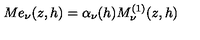
M e _ { \nu } ( z , h ) = \alpha _ { \nu } ( h ) M _ { \nu } ^ { ( 1 ) } ( z , h )